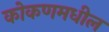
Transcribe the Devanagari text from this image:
कोकणमधील